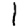
Digit: 1